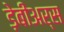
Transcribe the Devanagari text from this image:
ड़ेबीअर्स